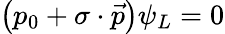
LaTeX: \left(p_{0}+\sigma\cdot{\vec{p}}\right)\psi_{L}=0